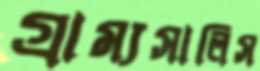
গ্রাম্যসালিস